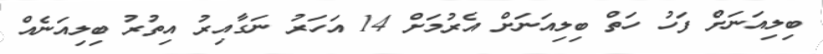
ބިލިއަނަށް ފަހު ހަތް ބިލިއަނަށް އެރުމަށް 14 އަހަރު ނަގާއިރު އިތުރު ބިލިއަނެއް